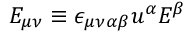
E _ { \mu \nu } \equiv \epsilon _ { \mu \nu \alpha \beta } u ^ { \alpha } E ^ { \beta }